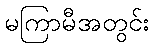
မကြာမီအတွင်း